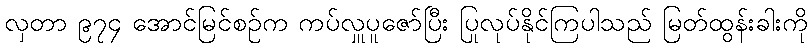
လှတာ ၉၇၄ အောင်မြင်စဉ်က ကပ်လှူပူဇော်ပြီး ပြုလုပ်နိုင်ကြပါသည် မြတ်ထွန်းခါးကို